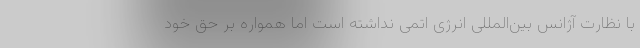
با نظارت آژانس بین‌المللی انرژی اتمی نداشته است اما همواره بر حق خود